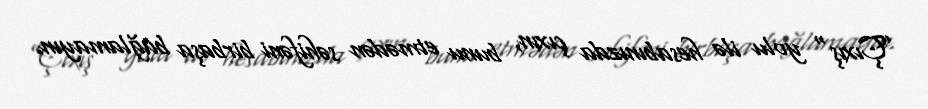
”Çıxış" yolu ilə hesabınızda çıxın, bunu etmədən səhifəni birbaşa bağlamayın.